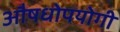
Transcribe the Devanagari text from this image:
औषधोपयोगी